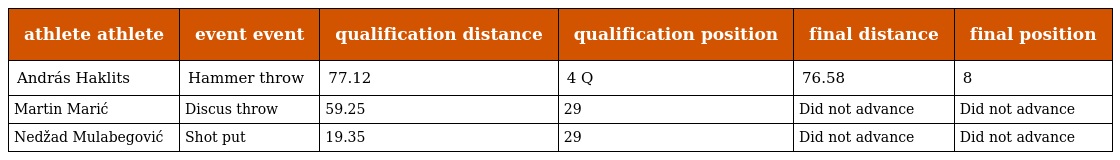
| athlete athlete | event event | qualification distance | qualification position | final distance | final position |
 | --- | --- | --- | --- | --- | --- |
 | András Haklits | Hammer throw | 77.12 | 4 Q | 76.58 | 8 |
 | Martin Marić | Discus throw | 59.25 | 29 | Did not advance | Did not advance |
 | Nedžad Mulabegović | Shot put | 19.35 | 29 | Did not advance | Did not advance |